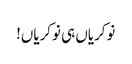
نوکریاں ہی نوکریاں!